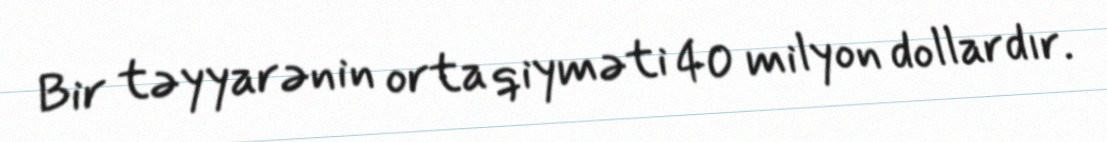
Bir təyyarənin orta qiyməti 40 milyon dollardır.